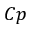
C p